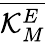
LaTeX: \overline{{\mathcal{K}_{M}^{E}}}